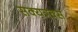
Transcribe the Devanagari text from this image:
सक्यत्रक्स